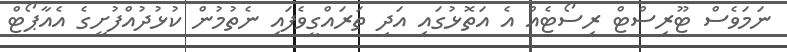
ނަމަވެސް ޓޫރިސްޓް ރިސޯޓެއް އެ އަތޮޅުގައި އަދި ތަރައްގީވެފައި ނެތުމުން ކުޅުދުއްފުށީގެ އެއާޕޯޓް